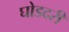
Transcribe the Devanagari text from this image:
घोडदरी